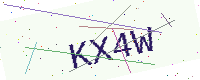
Text: KX4W